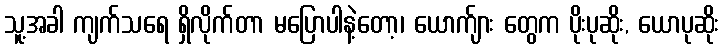
သူ့အခါ ကျက်သရေ ရှိလိုက်တာ မပြောပါနဲ့တော့၊ ယောက်ျား တွေက ပိုးပုဆိုး, ယောပုဆိုး